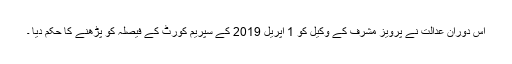
اس دوران عدالت نے پرویز مشرف کے وکیل کو 1 اپریل 2019 کے سپریم کورٹ کے فیصلہ کو پڑھنے کا حکم دیا ۔